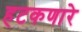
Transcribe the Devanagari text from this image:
हटकणारे